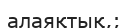
алаяқтық,;